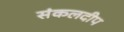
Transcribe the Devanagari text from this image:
संकलदीप